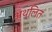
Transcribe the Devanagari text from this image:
अथ्लित